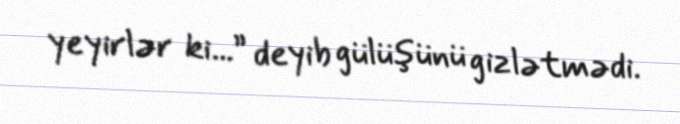
yeyirlər ki...” deyib gülüşünü gizlətmədi.